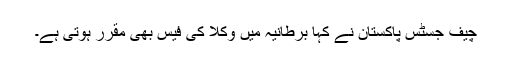
چیف جسٹس پاکستان نے کہا برطانیہ میں وکلا کی فیس بھی مقرر ہوتی ہے۔